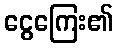
ငွေကြေး၏